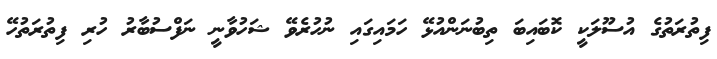
ފިތުރަތުގެ އުސޫލަކީ ކޮބައިބަ ތިބުނަންއުޅޭ ހަމައިގައި ނުހުރެވޭ ޝަހުވާނީ ނަފްސުބާރު ހުރި ފިތުރަތުހޭ